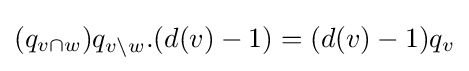
(q_{v\cap w})q_{v\setminus w}.(d(v)-1)=(d(v)-1)q_{v}